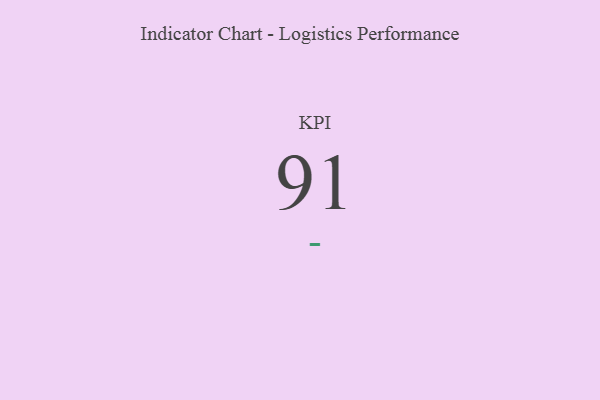
{"axis": {"x": "KPI", "y": "Value"}, "legend": [""], "data": [{"x": "KPI", "y": 91, "type": ""}]}